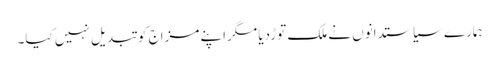
ہمارے سیاستدانوں نے ملک توڑدیا مگراپنے مزاج کو تبدیل نہیں کیا۔